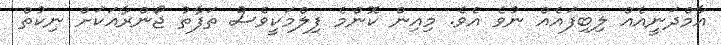
އާމްދަނީއެއް ލިބިފައެއް ނުވެ އެވެ. މިއިން ކޮންމެ ފިލްމަކީވެސް ތަފާތު ޖޯންރާއަކަށް ނިކުތް